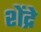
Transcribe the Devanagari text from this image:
शेंद्रे